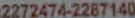
2272474-2287140